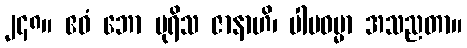
၂၄၈။ ဧဝံ ဘော ပုရိသ ဇာနာဟိ၊ ပါပဓမ္မာ အသညတာ။